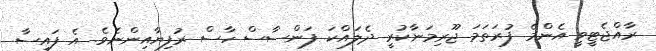
ރާއްޖެޓީވީ އެންމެ ފުރަތަމަ ޖޫރިމަނާކުރީ ދެލައްކަ ފަންސާސް ހާސް ރުފިޔާއިންނެވެ. އެ ފައިސާ